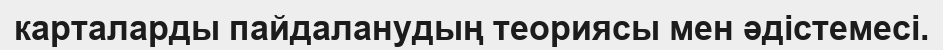
карталарды пайдаланудың теориясы мен әдістемесі.